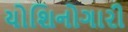
યોશિનોગારી